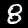
Digit: 8